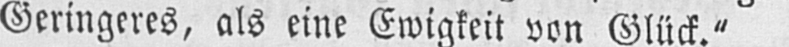
Geringeres, als eine Ewigkeit von Glück.“